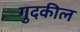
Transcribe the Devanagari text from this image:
गुदकील